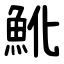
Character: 魤